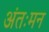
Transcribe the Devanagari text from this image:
अंतःमन